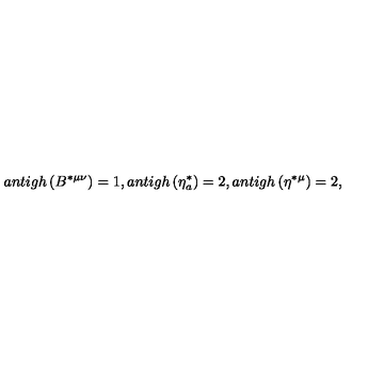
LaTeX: a n t i g h \left( B ^ { * \mu \nu } \right) = 1 , a n t i g h \left( \eta _ { a } ^ { * } \right) = 2 , a n t i g h \left( \eta ^ { * \mu } \right) = 2 ,